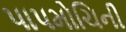
પાપમોચિની